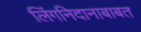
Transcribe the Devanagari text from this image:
लिंगनिदानाबाबत